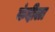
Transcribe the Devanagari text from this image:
कंदीला